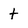
Character: t